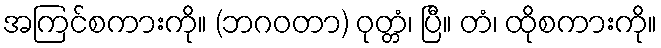
အကြင်စကားကို။ (ဘဂဝတာ) ဝုတ္တံ၊ ပြီ။ တံ၊ ထိုစကားကို။